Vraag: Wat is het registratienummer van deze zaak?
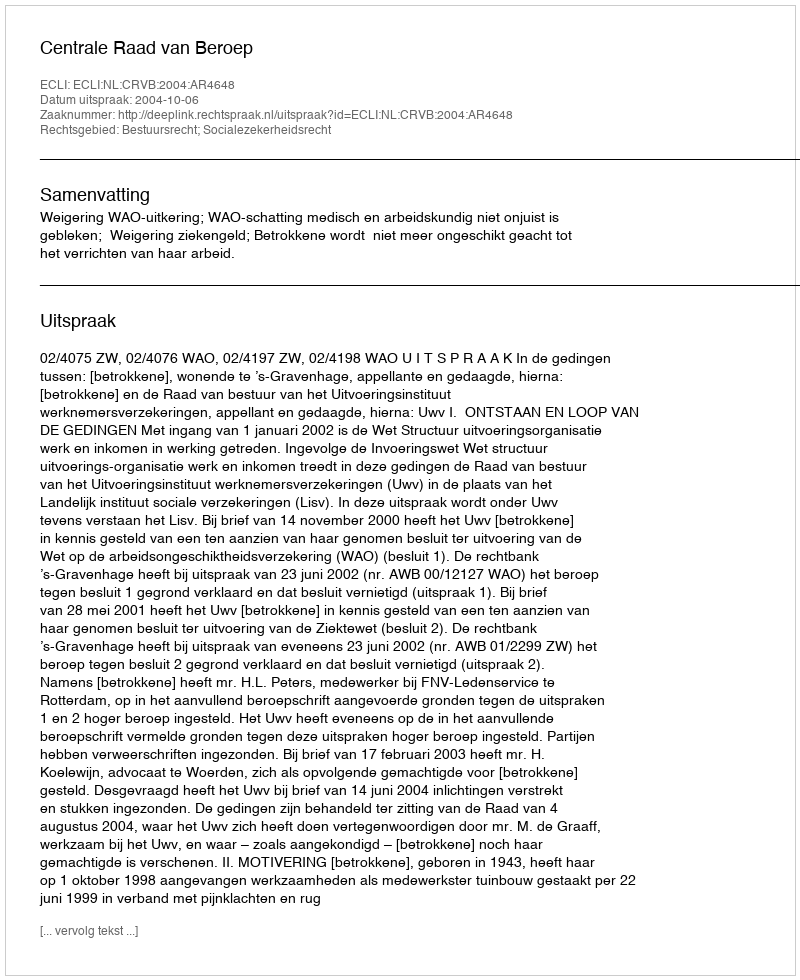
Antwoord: http://deeplink.rechtspraak.nl/uitspraak?id=ECLI:NL:CRVB:2004:AR4648